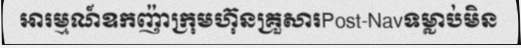
អារម្មណ៍ឧកញ៉ាក្រុមហ៊ុនគ្រួសារPost-Navទម្លាប់មិន